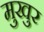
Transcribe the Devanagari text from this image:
मुखुर